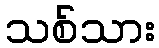
သစ်သား